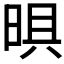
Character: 𭦈